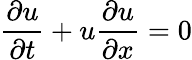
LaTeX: \frac{\partial u}{\partial t}+u\frac{\partial u}{\partial x}=0